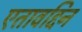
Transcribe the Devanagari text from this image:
एतावद्दिन